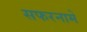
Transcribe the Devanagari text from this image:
सफरनामे